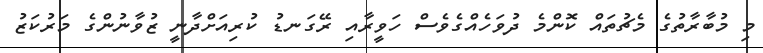
މި މުބާރާތުގެ މެޗުތައް ކޮންމެ ދުވަހެއްގެވެސް ހަވީރާއިި ރޭގަނޑު ކުރިއަށްދާނީ ޒުވާނުންގެ މަރުކަޒު